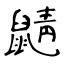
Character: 鼱